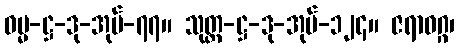
ဓမ္မ-ဋ္ဌ-ဒု-အုပ်-၇၇။ သုတ္တ-ဋ္ဌ-ဒု-အုပ်-၁၂၄။ ဇရာဝဂ္ဂ၊